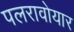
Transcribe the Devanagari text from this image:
पलरावोयार